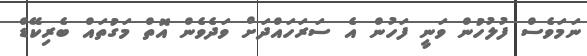
ނަމަވެސް ފުުލުހުން ވަނީ ފަހުން އެ ސަރަހައްދަށް ވަދެވެން އޮތް މަގުތައް ބެރިކޭޑް